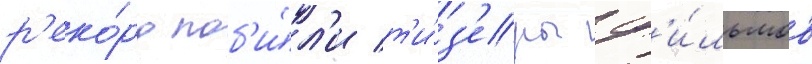
р'еко́рд поб'и́л'и т'и́з'еры ф'и́льмов